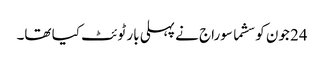
24 جون کو سشما سوراج نے پہلی بار ٹوئٹ کیا تھا۔